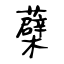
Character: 蘗